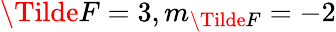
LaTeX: \Tilde{F}=3,m_{\Tilde{F}}=-2